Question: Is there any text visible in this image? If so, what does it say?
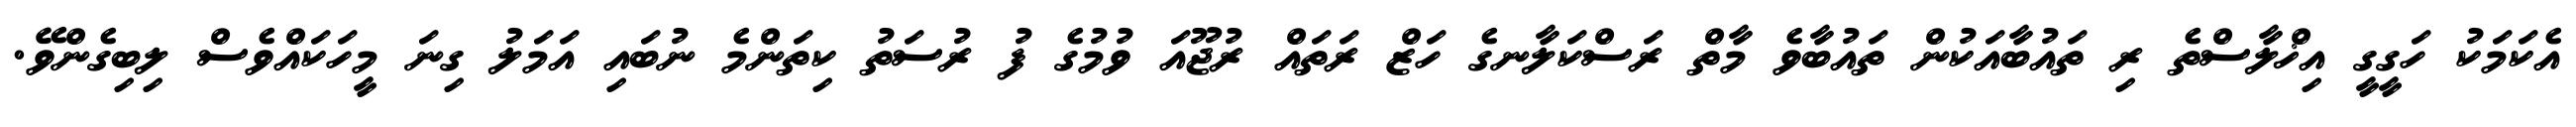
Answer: އެކަމަކު ހަގީގީ އިޚްލާސްތެ ރި ތައުބާއަކުން ތައުބާވެ މާތް ރަސްކަލާނގެ ހަޒް ރަތައް ރުޖޫއަ ވުމުގެ ފު ރުސަތު ކިތަންމެ ނުބައި އަމަލު ގިނަ މީހަކައްވެސް ލިބިގެންވޭ.